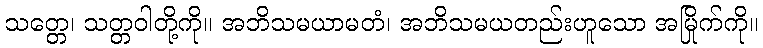
သတ္တေ၊ သတ္တဝါတို့ကို။ အဘိသမယာမတံ၊ အဘိသမယတည်းဟူသော အမြိုက်ကို။